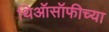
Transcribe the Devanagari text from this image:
थिऑसॉफीच्या